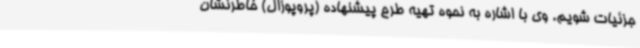
جزئیات شویم. وی با اشاره به نحوه تهیه طرح پیشنهاده (پروپوزال) خاطرنشان